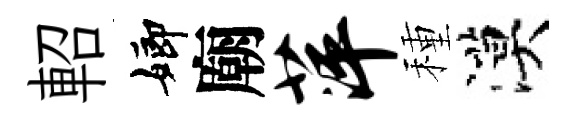
軺嫏廟萍種漠